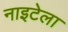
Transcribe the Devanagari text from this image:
नाइटेला